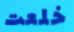
خلعت